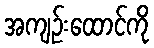
အကျဉ်းထောင်ကို